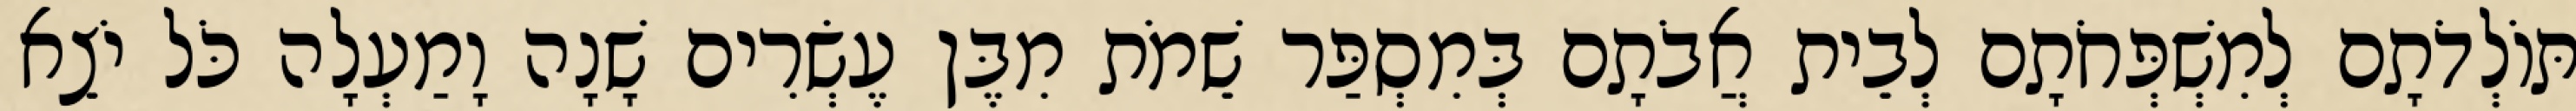
תּוֹלְדֹתָם לְמִשְׁפְּחֹתָם לְבֵית אֲבֹתָם בְּמִסְפַּר שֵׁמֹת מִבֶּן עֶשְׂרִים שָׁנָה וָמַעְלָה כֹּל יֹצֵא